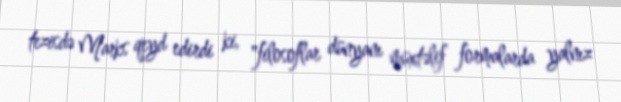
tezisdə Marks qeyd edirdi ki, "filosoflar dünyanı müxtəlif formalarda yalnız